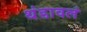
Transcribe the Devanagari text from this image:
थंडावलं